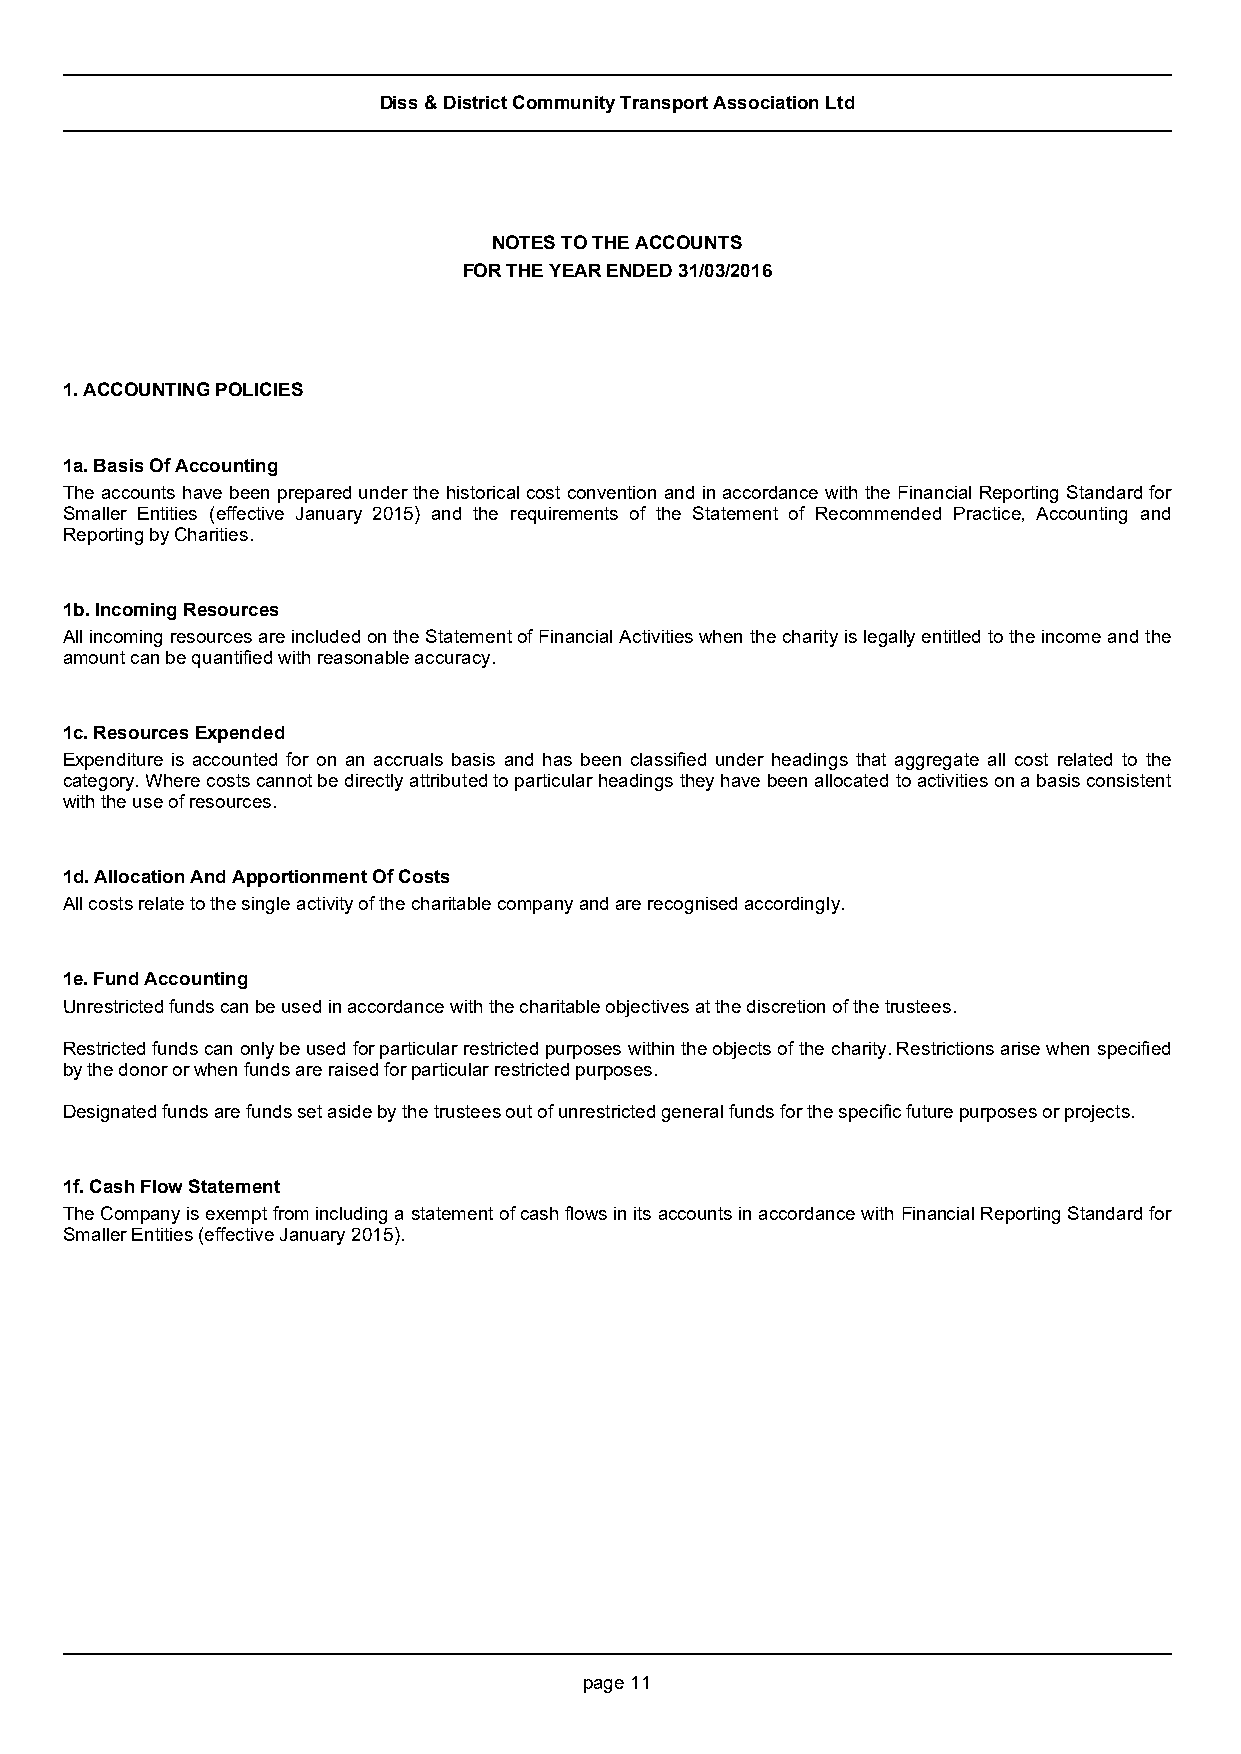
Diss & District Community Transport Association Ltd
 NOTES TO THE ACCOUNTS
 FOR THE YEAR ENDED 31/03/2016
 1. ACCOUNTING POLICIES
 1a. Basis Of Accounting
 The accounts have been prepared under the historical cost convention and in accordance with the Financial Reporting Standard for
 Smaller Entities (effective January 2015) and the requirements of the Statement of Recommended Practice, Accounting and
 Reporting by Charities.
 1b. Incoming Resources
 All incoming resources are included on the Statement of Financial Activities when the charity is legally entitled to the income and the
 amount can be quantified with reasonable accuracy.
 1c. Resources Expended
 Expenditure is accounted for on an accruals basis and has been classified under headings that aggregate all cost related to the
 category. Where costs cannot be directly attributed to particular headings they have been allocated to activities on a basis consistent
 with the use of resources.
 1d. Allocation And Apportionment Of Costs
 All costs relate to the single activity of the charitable company and are recognised accordingly.
 1e. Fund Accounting
 Unrestricted funds can be used in accordance with the charitable objectives at the discretion of the trustees.
 Restricted funds can only be used for particular restricted purposes within the objects of the charity. Restrictions arise when specified
 by the donor or when funds are raised for particular restricted purposes.
 Designated funds are funds set aside by the trustees out of unrestricted general funds for the specific future purposes or projects.
 1f. Cash Flow Statement
 The Company is exempt from including a statement of cash flows in its accounts in accordance with Financial Reporting Standard for
 Smaller Entities (effective January 2015).
 page 11